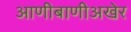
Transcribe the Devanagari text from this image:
आणीबाणीअखेर